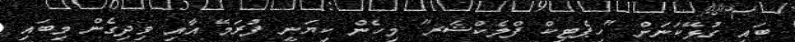
ބައި ގުޅޭކަނަށް "ހިޕެޓިކް ފްލެކްޝަރ" މިހެން ކިޔަނީ ފުރަމޭ އާއި ވިދިގެން މިބައި